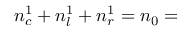
n _ { c } ^ { 1 } + n _ { l } ^ { 1 } + n _ { r } ^ { 1 } = n _ { 0 } =